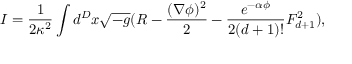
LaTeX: I = \frac { 1 } { 2 \kappa ^ { 2 } } \int d ^ { D } x \sqrt { - g } ( R - \frac { ( \nabla \phi ) ^ { 2 } } { 2 } - \frac { e ^ { - \alpha \phi } } { 2 ( d + 1 ) ! } F _ { d + 1 } ^ { 2 } ) ,